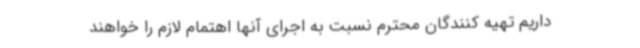
داریم تهیه کنندگان محترم نسبت به اجرای آنها اهتمام لازم را خواهند